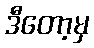
ဒီတော့မှ